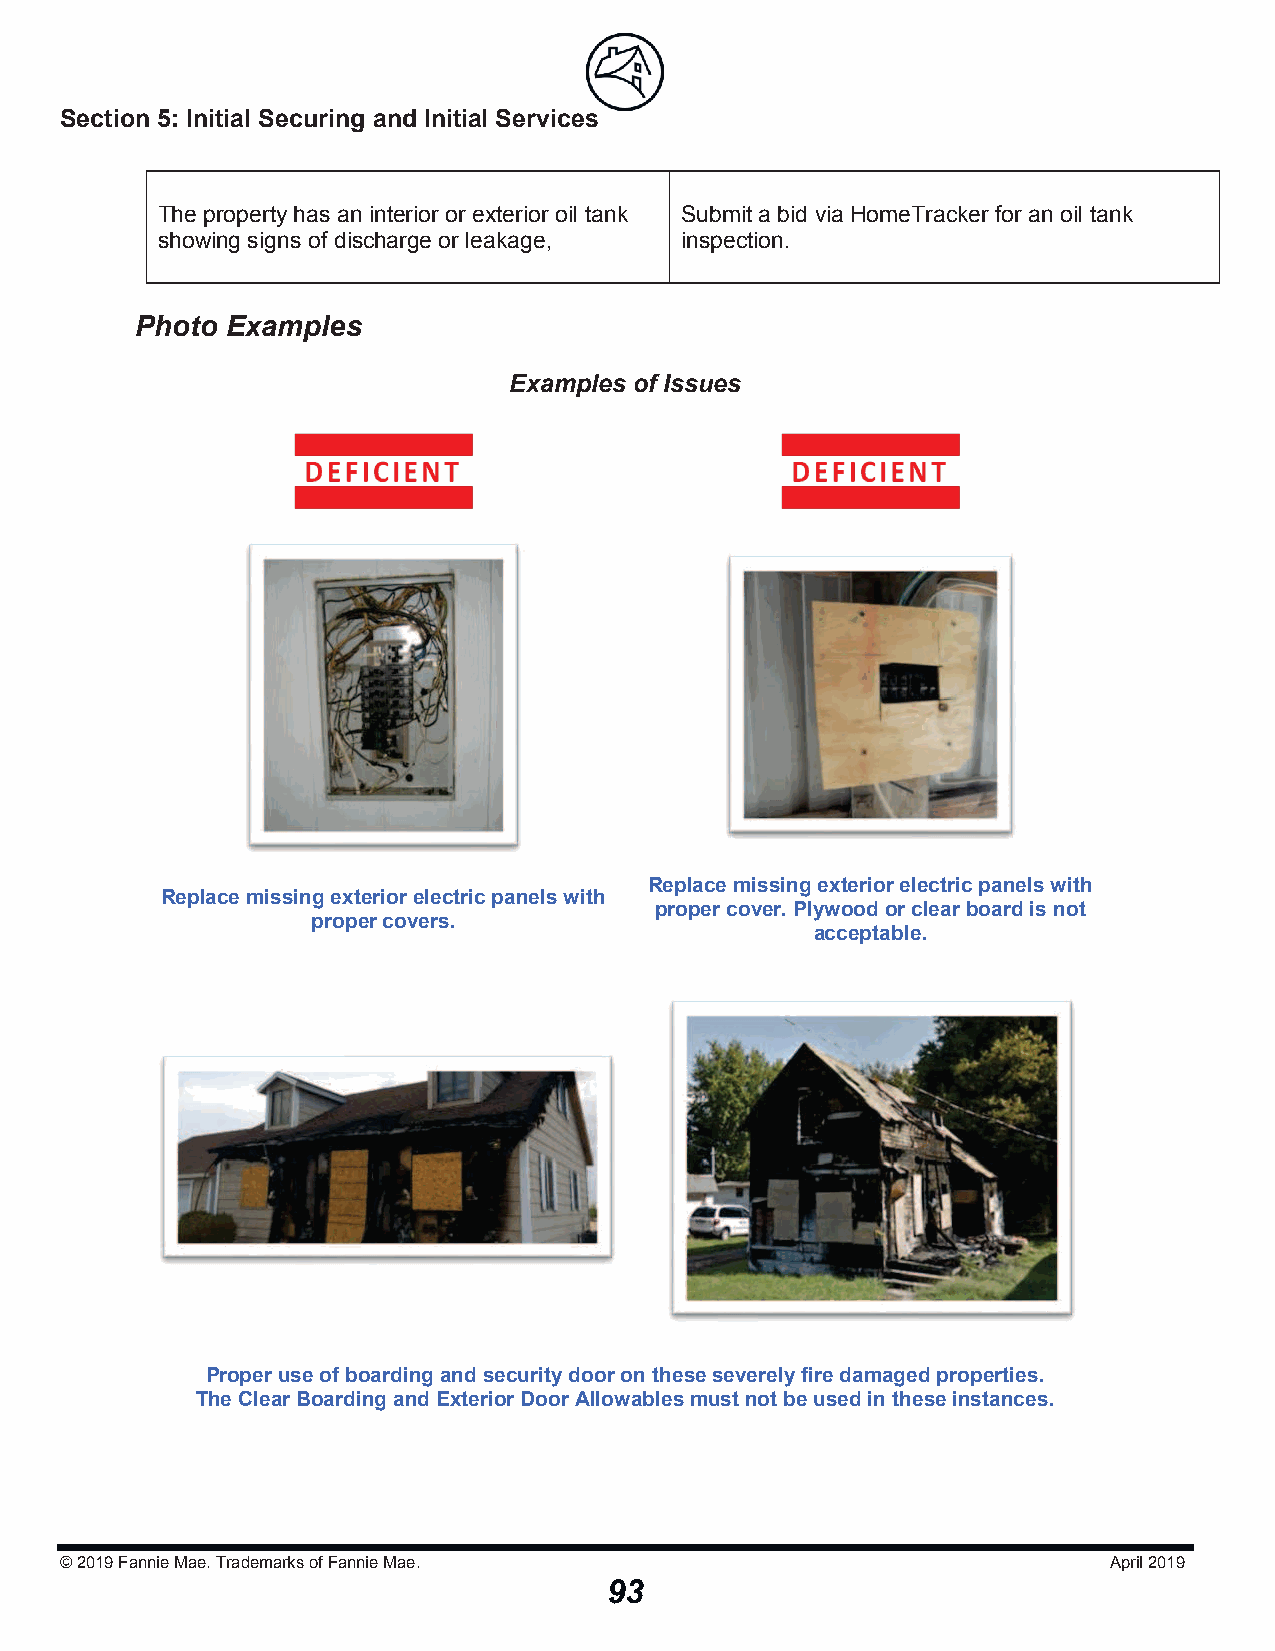
Section 5: Initial Securing and Initial Serviicceess
 The property has an interior or exterior oil tank Submit a bid via HomeTracker for an oil tank
 showing signs of discharge or leakage, inspection.
 Photo Examples
 Examples of Issues
 Replace missing exterior electric panels with
 Replace missing exterior electric panels with
 proper cover. Plywood or clear boardis not
 proper covers.
 acceptable.
 Proper use of boarding and security door on theseseverely fire damaged properties.
 The Clear Boarding and ExteriorDoor Allowables mustnot be used in theseinstances.
 © 2019Fannie Mae. Trademarks of Fannie Mae.                          April 2019
 93